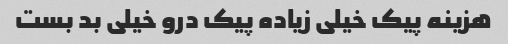
هزینه پیک خیلی زیاده پیک درو خیلی بد بست